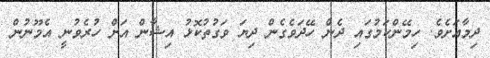
ދިމާއަށެވެ. ހިމޭންކަމުގައި ދެން ހޭދަވެގެން ދިޔަ ވަގުތުކޮޅު އިޝާން އަށް ހުރެވުނީ އެމޫނުން